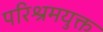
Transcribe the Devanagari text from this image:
परिश्रमयुक्त